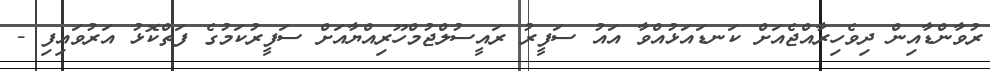
ރުވާންޑާއިން ދިވެހިރާއްޖެއަށް ކަނޑައަޅުއްވާ އައު ސަފީރު ރައީސުލްޖުމްހޫރިއްޔާއަށް ސަފީރުކަމުގެ ފަތްކޮޅު އަރުވައިފި -